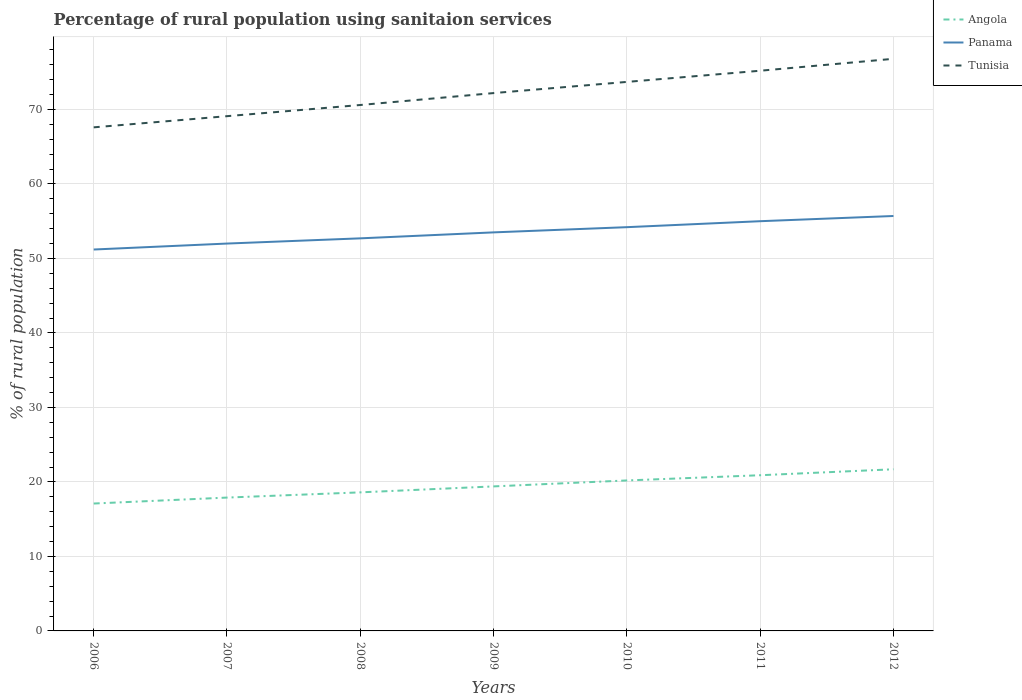
| Years | Angola | Panama | Tunisia |
 | --- | --- | --- | --- |
 | 2006 | 17.1 | 51.2 | 67.6 |
 | 2007 | 17.9 | 52 | 69.1 |
 | 2008 | 18.6 | 52.7 | 70.6 |
 | 2009 | 19.4 | 53.5 | 72.2 |
 | 2010 | 20.2 | 54.2 | 73.7 |
 | 2011 | 20.9 | 55 | 75.2 |
 | 2012 | 21.7 | 55.7 | 76.8 |